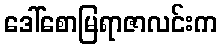
ဒေါ်စောမြရာဇာလင်းက